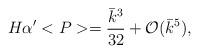
LaTeX: \begin{align*}H\alpha'<P>=\frac{\bar{k}^3}{32}+{\cal O}(\bar{k}^5),\end{align*}